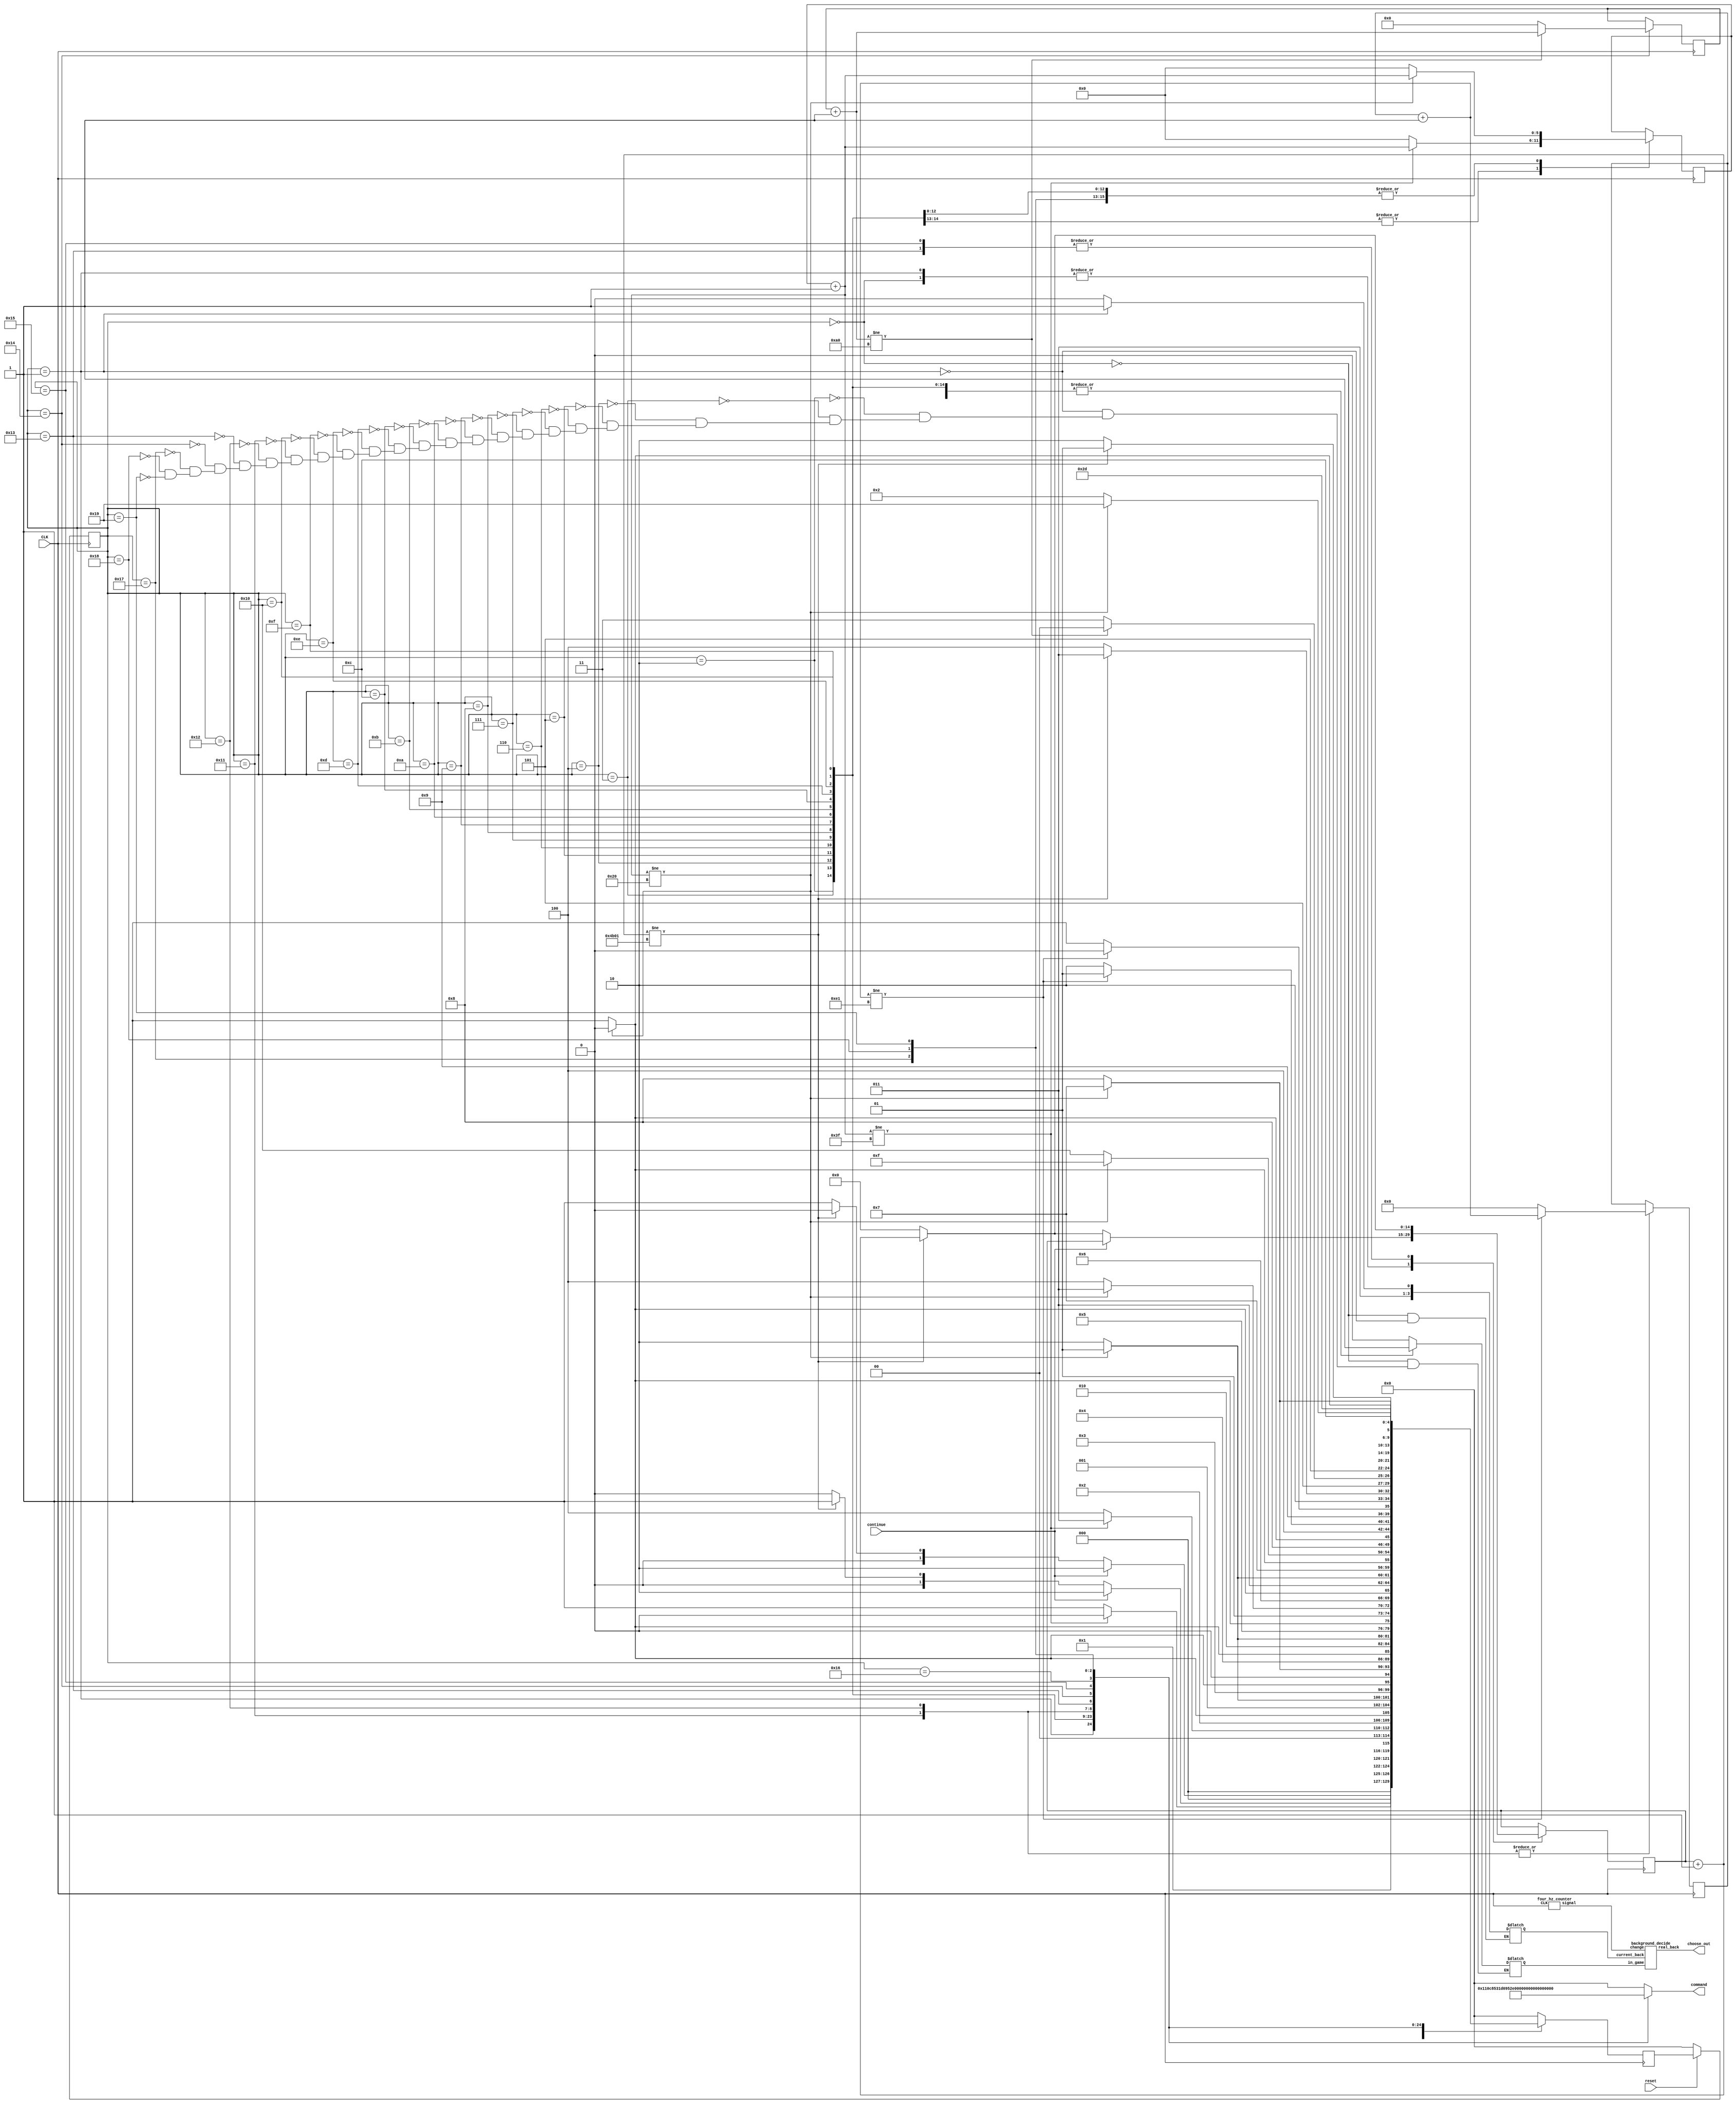


module draw_sequence (reset,command,CLK,choose_out,continue);

	input CLK;
	input reset;
	input continue;

	output reg [4:0]command;
	output [3:0]choose_out;

	reg [3:0]choose;
	reg in_game;
	reg [4:0]current;
	reg [4:0]next;
	reg [16:0]counter;
	reg [14:0]back_state_counter; 
	reg [5:0]block_counter; 
	reg [8:0]scoreboard_counter; 
	reg [11:0]play_space_counter; 
	
	wire do_change;
	wire [3:0]wire_to_out;
	
	assign choose_out[3:0]=wire_to_out[3:0];

	parameter [4:0]starting_back_1=5'b00000,starting_back_2=5'b00001,One=5'b00010,Two=5'b00011,Three=5'b00100,Four=5'b00101,Five=5'b00110,Six=5'b00111,Seven=5'b01000,Eight=5'b01001,Nine=5'b01010,
	Ten=5'b01011,Eleven=5'b01100,Twelve=5'b01101,Thirteen=5'b01110,Fourteen=5'b01111,Fifteen=5'b10000,Score1=5'b10001,Score2=5'b10010,Background=5'b10011,play_clear=5'b10100,VGA_display=5'b10101,Stop=5'b10110, 
	
	fineLine1 = 5'b10111, fineLine2 = 5'b11000, perfectLine = 5'b11001;
	
	background_decide decider(do_change,in_game,choose,wire_to_out);
	
	four_hz_counter four_hz(CLK,do_change);
	
                                                                                                                                                                                                                      
	always@(posedge CLK)

	begin

	case(current[4:0])


	starting_back_1:
	begin
		if(continue)
			next=One;
		else 
			begin 
			
					back_state_counter=back_state_counter+1;
		
					if(back_state_counter!=15'b100101100000001)
						next=starting_back_1;
					else
						begin
						back_state_counter=0;
						next=starting_back_2;			
						end
			end			
				
	end
	  

	starting_back_2:
	begin
		if(continue)
			next=One;
		else 
			begin 
			
					back_state_counter=back_state_counter+1;
		
					if(back_state_counter!=15'b100101100000001)
						next=starting_back_2;
					else
						begin
						back_state_counter=0;
						next=starting_back_1;			
						end
			end			
				
	end
	  
	One:
	begin 

	  block_counter=block_counter+1;
	  if(block_counter!=6'b111111)
			next=One;
			
	  else 
		begin
			block_counter=0;
			next=Two;
		end 
	  
	end  

	Two:

	begin 

	  block_counter=block_counter+1;
	  if(block_counter!=6'b111111)
			next=Two;
			
	  else 
		begin
			block_counter=0;
			next=Three;
		end 
	  
	end 

	Three:

	begin 

	  block_counter=block_counter+1;
	  if(block_counter!=6'b100000)
			next=Three;
			
	  else 
		begin
			block_counter=0;
			next=Four;
		end 
	  
	end 

	Four:

	begin 

	  block_counter=block_counter+1;
	  if(block_counter!=6'b100000)
			next=Four;
			
	  else 
		begin
			block_counter=0;
			next=Five;
		end 
	  
	end

	Five:

	begin 

	  block_counter=block_counter+1;
	  if(block_counter!=6'b100000)
			next=Five;
			
	  else 
		begin
			block_counter=0;
			next=Six;
		end 
	  
	end

	Six:

	begin 

	  block_counter=block_counter+1;
	  if(block_counter!=6'b100000)
			next=Six;
			
	  else 
		begin
			block_counter=0;
			next=Seven;
		end 
	  
	end

	Seven:

	begin 

	  block_counter=block_counter+1;
	  if(block_counter!=6'b100000)
			next=Seven;
			
	  else 
		begin
			block_counter=0;
			next=Eight;
		end 
	  
	end

	Eight:

	begin 

	  block_counter=block_counter+1;
	  if(block_counter!=6'b100000)
			next=Eight;
			
	  else 
		begin
			block_counter=0;
			next=Nine;
		end 
	  
	end

	Nine:


	begin 

	  block_counter=block_counter+1;
	  if(block_counter!=6'b100000)
			next=Nine;
			
	  else 
		begin
			block_counter=0;
			next=Ten;
		end 
	  
	end

	Ten:

	begin 

	  block_counter=block_counter+1;
	  if(block_counter!=6'b100000)
			next=Ten;
			
	  else 
		begin
			block_counter=0;
			next=Eleven;
		end 
	  
	end

	Eleven:

	begin 

	  block_counter=block_counter+1;
	  if(block_counter!=6'b100000)
			next=Eleven;
			
	  else 
		begin
			block_counter=0;
			next=Twelve;
		end 
	  
	end


	Twelve:

	begin 

	  block_counter=block_counter+1;
	  if(block_counter!=6'b100000)
			next=Twelve;
			
	  else 
		begin
			block_counter=0;
			next=Thirteen;
		end 
	  
	end


	Thirteen:

	begin 

	  block_counter=block_counter+1;
	  if(block_counter!=6'b100000)
			next=Thirteen;
			
	  else 
		begin
			block_counter=0;
			next=Fourteen;
		end 
	  
	end


	Fourteen:

	begin 

	  block_counter=block_counter+1;
	  if(block_counter!=6'b100000)
			next=Fourteen;
			
	  else 
		begin
			block_counter=0;
			next=Fifteen;
		end 
	  
	end


	Fifteen:

	begin 

	  block_counter=block_counter+1;
	  if(block_counter!=6'b100000)
			next=Fifteen;
			
	  else 
		begin
			block_counter=0;
			next = Score1;
		end 
	  
	end


	Score1:

	begin 
		  scoreboard_counter=scoreboard_counter+1;
		  
		  if(scoreboard_counter!=9'd225)
			  next=Score1;
		  else 
			  begin
			  scoreboard_counter=0;
			  next=Score2;		  
			  end 
	end


	Score2:

	begin 
		  scoreboard_counter=scoreboard_counter+1;
		  
		  if(scoreboard_counter!=9'd225)
			  next=Score2;
		  else 
			  begin
			  scoreboard_counter=0;
			  next=Background;		  
			  end 
	end


	Background:
		begin 
			back_state_counter=back_state_counter+1;
		
			if(back_state_counter!=15'b100101100000001)
				next=Background;
			else
				begin
				back_state_counter=0;
				next=play_clear;			
				end
		end

	play_clear:
	begin
		 
			play_space_counter=play_space_counter+1; 
		  
		  if(play_space_counter!=12'b000010100000)
				next=play_clear;
		  else 
				begin
				play_space_counter=0;
				next=fineLine1;
				end 
		 end
		  
	VGA_display:
	begin 
			back_state_counter=back_state_counter+1;
		
			if(back_state_counter!=15'b100101100000001)
				next=VGA_display;
			else
				begin
				back_state_counter=0;
				next=Stop;			
				end
		end

	Stop:
	next=Stop;
	
	fineLine1:
		begin 

		  block_counter=block_counter+1;
		  if(block_counter!=6'b100000)
				next=fineLine1;
				
		  else 
			begin
				block_counter=0;
				next = fineLine2;
			end 
		  
		end
		
	fineLine2:
		begin 

		  block_counter=block_counter+1;
		  if(block_counter!=6'b100000)
				next=fineLine2;
				
		  else 
			begin
				block_counter=0;
				next = perfectLine;
			end 
		  
		end
	perfectLine:
		begin 

		  block_counter=block_counter+1;
		  if(block_counter!=6'b100000)
				next=perfectLine;
				
		  else 
			begin
				block_counter=0;
				next = One;
			end 
		  
		end

	default:
		begin
			next = starting_back_1;
			counter = 0;
		end

	endcase 

	end 




	always@(*)

	begin: output_logic  

	case(current[4:0])

	starting_back_1:
		begin
			in_game=0;
			choose=4'b0110;
			command=5'b00000;
		end
	starting_back_2:
		begin
			in_game=0;
			choose=4'b0111;
			command=5'b00001;
		end

	One:
	begin
   in_game=1;
	command=5'b00010;
	end

	Two:
	begin
   in_game=1;
	command=5'b00011;
	end



	Three:
	begin
   in_game=1;
	command=5'b00100;
	end


	Four:
	begin
   in_game=1;
	command=5'b00101;
	end



	Five:
   
	begin
   in_game=1;
	command=5'b00110;
	end



	Six:
   begin
   in_game=1;
	command=5'b00111;
	end

	

	Seven:
	begin
   in_game=1;
	command=5'b01000;
	end

	

	Eight:
   begin
   in_game=1;
	command=5'b01001;
	end


   
	Nine:
	begin
   in_game=1;
	
	command=5'b01010;
	end


	Ten:
	begin
   in_game=1;
	command=5'b01011;
	end

	

	Eleven:
	begin
   in_game=1;
	command=5'b01100;
	end

	

	Twelve:
	begin
   in_game=1;
	command=5'b01101;
	end

	

	Thirteen:
	begin
   in_game=1;
	command=5'b01110;
	end



	Fourteen:
	begin
   in_game=1;

	command=5'b01111;
	end


	Fifteen:
	begin
   in_game=1;
	command=5'b10000;
	end


	Score1:
   begin
   in_game=1;
	command=5'b10001;
	end



	Score2:
   begin
   in_game=1;
	command=5'b10010;
	end

	

	Background:
		begin
		   in_game=1;
			command=5'b10011;
		end
		
	play_clear:
   begin
	command=5'b10100;
   in_game=1;
	end 
	
	VGA_display:
	command=5'b10101;

	Stop:
	command=5'b10110;
	
	fineLine1:
	begin
		command=5'b10111;	
	   in_game=1;
	end
	  
	fineLine2:
	begin
		command=5'b11000;
		in_game=1;
	end
	perfectLine:
	begin 
		command=5'b11001;
		in_game=1;
	end


	default:
		begin
			command=0;
		end
		
	endcase 

	end 



	always@(posedge CLK)
	begin: state_FFs

	if(!reset)
	current=starting_back_1;
	else
	current=next;

	end

endmodule 
//-----------------------------------------------------------//

module background_decide(change,in_game,current_back,real_back);
input change;
input in_game;
input [3:0]current_back;

output reg [3:0]real_back;

reg [3:0]back_state;


always@(posedge change)
begin

if(in_game==1'b1)
begin 
   if(real_back>=4'b0101)
	begin
	back_state=0;
	real_back=back_state;
	end
	else
	begin
	back_state=back_state+1;
	real_back=back_state;
   end
	 

	
end

else
	begin
	real_back=current_back;
	end
	
end

endmodule 
//-------------------------------------------------------------//
module four_hz_counter(CLK,signal);
input CLK;
output reg signal;
reg [23:0]count; 

always@(posedge CLK)
begin
	if(count==24'b101111101011110000100000)
	begin
		count<=0;
		signal<=1;
	end
	else 
	begin
		count<=count+1;
		signal<=0;
	end 
 
end


endmodule